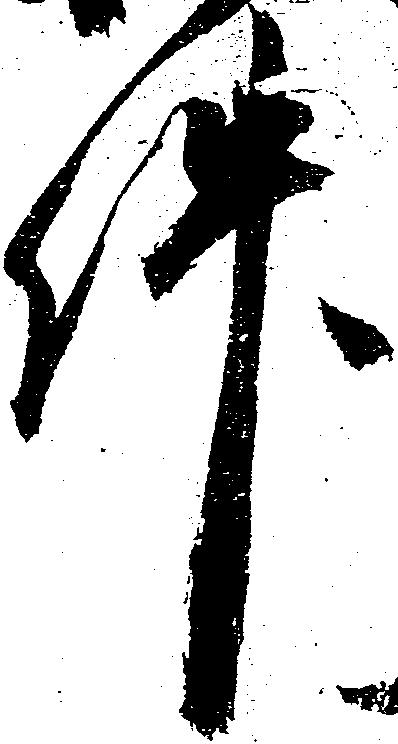
件